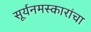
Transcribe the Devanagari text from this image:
सूर्यनमस्कारांचा